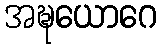
အဍ္ဎယောဂေ